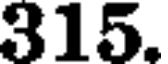
315.